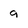
Character: 9